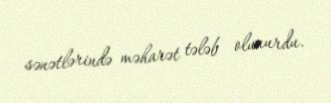
sənətlərində məharət tələb olunurdu.